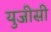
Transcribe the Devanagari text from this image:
युजीसी